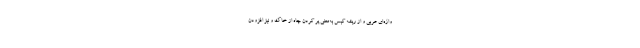
واژه‌ای عربی و از ریشه کَبس به‌معنی پر کردن چاه از خاک و نیز افزودن